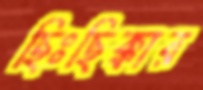
ছিঃছিক্কার